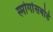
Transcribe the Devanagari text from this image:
स्मोर्गासबोर्ड